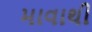
માવાથી